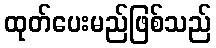
ထုတ်ပေးမည်ဖြစ်သည်